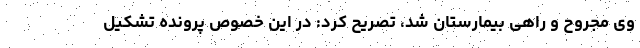
وی مجروح و راهی بیمارستان شد، تصریح کرد: در این خصوص پرونده تشکیل